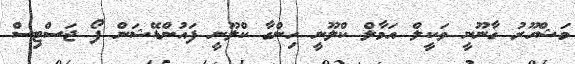
މަޝްހޫރު ގާނޫނީ ވަކީލް އަމާލް ކްލޫނީ ހިންގާ ކްލޫނީ ފައުންޑޭޝަން ފޯ ޖަސްޓިސް